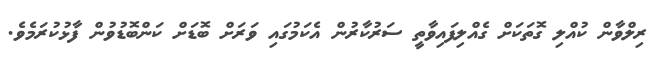
ރިލްވާން ކުއްލި ގޮތަކަށް ގެއްލިފައިވާތީ ސަރުކާރުން އެކަމުގައި ވަރަށް ބޮޑަށް ކަންބޮޑުވުން ފާޅުކުރަމެވެ.